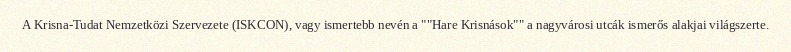
A Krisna-Tudat Nemzetközi Szervezete (ISKCON), vagy ismertebb nevén a ""Hare Krisnások"" a nagyvárosi utcák ismerős alakjai világszerte.